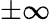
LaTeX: \pm\infty